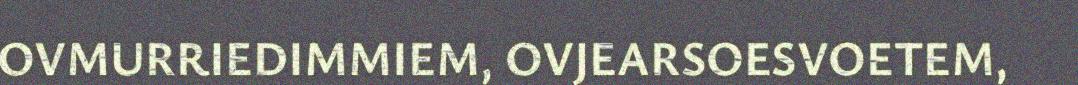
OVMURRIEDIMMIEM, OVJEARSOESVOETEM,